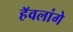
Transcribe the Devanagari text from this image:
हॅवलांगे